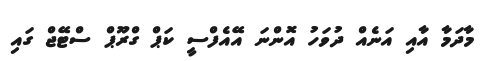
މާދަމާ އާއި އަނެއް ދުވަހު އޮންނަ އޭއެފްސީ ކަޕް ގްރޫޕް ސްޓޭޖް ގައި